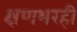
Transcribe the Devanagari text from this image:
क्षणभरही